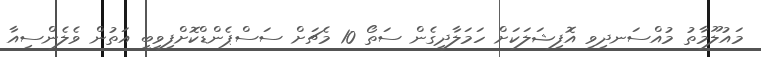
މައުލޫމާތު މުއްސަނދިވި އޮފިޝަލަކަށް ހަމަލާދީގެން ސަތޯ 10 މެޗަށް ސަސްޕެންޑްކޮށްފިވީބީ އަތުން ވެލެންސިއާ